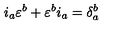
i _ { a } \varepsilon ^ { b } + \varepsilon ^ { b } i _ { a } = \delta _ { a } ^ { b }